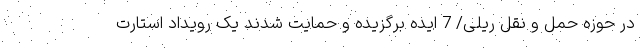
در حوزه حمل و نقل ریلی/ 7 ایده برگزیده و حمایت شدند یک رویداد استارت